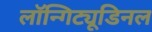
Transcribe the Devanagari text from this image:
लॉन्गिट्यूडिनल